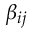
\beta _ { i j }